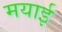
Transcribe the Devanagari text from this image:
मयाई